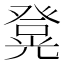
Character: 𭽄